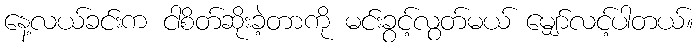
နေ့လယ်ခင်းက ငါစိတ်ဆိုးခဲ့တာကို မင်းခွင့်လွတ်မယ် မျှော်လင့်ပါတယ်။